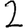
Digit: 2